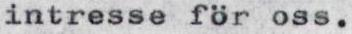
intresse för oss.